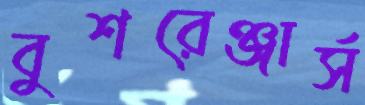
বুশরেঞ্জার্স